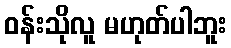
ဝန်းသိုလူ မဟုတ်ပါဘူး